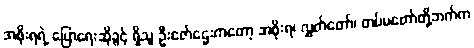
အစိုးရရဲ့ ပြောရေးဆိုခွင့် ရှိသူ ဦးဇော်ဌေးကတော့ အစိုးရ၊ လွှတ်တော်၊ တပ်မတော်တို့ဘက်က